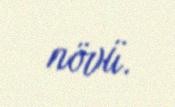
növü.